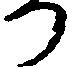
る